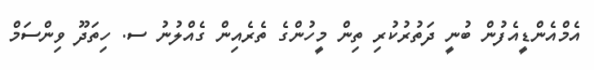
އެމްއެންޑީއެފުން ބުނީ ދަތުރުކުރި ތިން މީހުންގެ ތެރެއިން ގެއްލުނު ސ. ހިތަދޫ ވިންސަމް